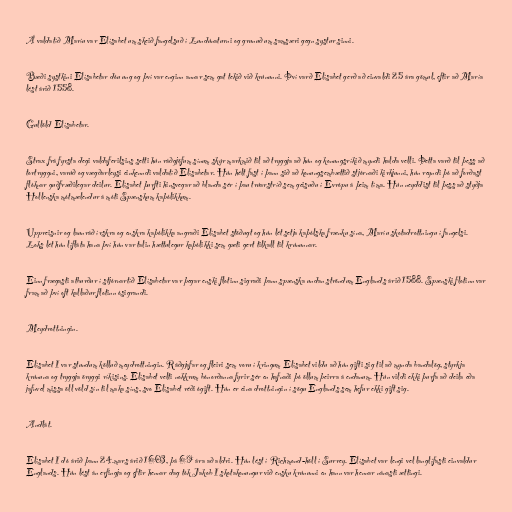
Á valdatíð Maríu var Elísabet um skeið fangelsuð í Lundúnaturni og grunuð um samsæri gegn systur sinni.

Bæði systkini Elísabetar dóu ung og því var enginn annar sem gat tekið við krúnunni. Því varð Elísabet gerð að einvaldi 25 ára gömul, eftir að María
lést árið 1558.

Gullöld Elísabetar.

Strax frá fyrsta degi valdaferilsins setti hún ráðgjöfum sínum skýr markmið til að tryggja að hún og konungsríkið myndi halda velli. Þetta varð til þess að
tortryggni, varúð og vægðarleysi einkenndi valdatíð Elísabetar. Hún hélt fast í þann sið að konungsembættið stjórnaði kirkjunni, hún reyndi þó að forðast
flóknar guðfræðilegar deilur. Elísabet þurfti hinsvegar að blanda sér í þau trúarstríð sem geisuðu í Evrópu á þeim tíma. Hún neyddist til þess að styðja
Hollenska mótmælendur á móti Spænskum kaþólikkum.

Uppreisnir og launráð írskra og enskra kaþólikka angraði Elísabet stöðugt og hún lét setja kaþólska frænku sína, Maríu skotadrottningu í fangelsi.
Loks lét hún lífláta hana því hún var talin hættulegur kaþólikki sem gæti gert tilkall til krúnunnar.

Einn frægasti atburður í stjórnartíð Elísabetar var þegar enski flotinn sigraði þann spænska undan ströndum Englands árið 1588. Spænski flotinn var
fram að því oft kallaður flotinn ósigrandi.

Meydrottningin.

Elísabet I var stundum kölluð meydrottningin. Ráðgjafar og fleiri sem voru í kringum Elísabet vildu að hún gifti sig til að mynda bandalög, styrkja
krúnuna og tryggja öryggi ríkisins. Elísabet velti nokkrum bónorðanna fyrir sér en hafnaði þó öllum þeirra á endanum. Hún vildi ekki þurfa að deila eða
jafnvel missa öll völd sín til maka síns, svo Elísabet réði ógift. Hún er eina drottningin í sögu Englands sem hefur ekki gift sig.

Andlát.

Elísabet I dó árið þann 24.mars árið 1603, þá 69 ára að aldri. Hún lést í Richmond-höll í Surrey. Elísabet var lengi vel langlífasti einvaldur
Englands. Hún lést án erfingja og eftir hennar dag tók Jakob I skotakonungur við ensku krúnunni en hann var hennar nánasti ættingi.